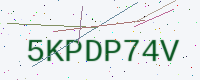
Text: 5KPDP74V